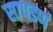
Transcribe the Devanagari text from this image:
सापडणं